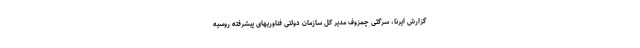
گزارش ایرنا، سرگئی چمزوف مدیر کل سازمان دولتی فناوریهای پیشرفته روسیه